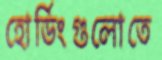
হোর্ডিংগুলোতে